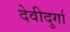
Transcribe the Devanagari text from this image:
देवीदुर्गा